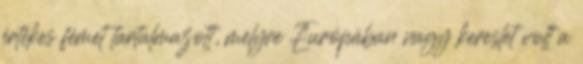
értékes fémet tartalmazott, melyre Európában nagy kereslet volt a